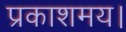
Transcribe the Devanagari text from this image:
प्रकाशमय।